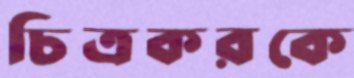
চিত্রকরকে